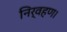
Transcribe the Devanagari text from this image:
निर्वहण।